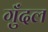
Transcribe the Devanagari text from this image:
गुँदल